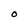
Character: O